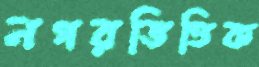
নগরভিত্তিক